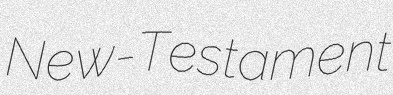
New-Testament